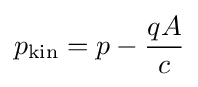
p_{\text{kin}}=p-{\frac {qA}{c}}\,\!